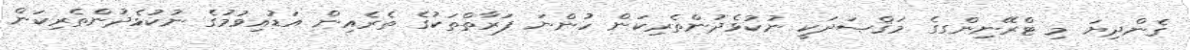
ގެންދިޔަ މި ޓްރޭނިންގގެ މަޤްޞަދަކީ ނުކުޅެދުންތެރިކަން ހުންނަ ފަރާތްތަކުގެ ތެރެއިން އަޑުއިވުމުގެ ނުކުޅެދުންތެރިކަން